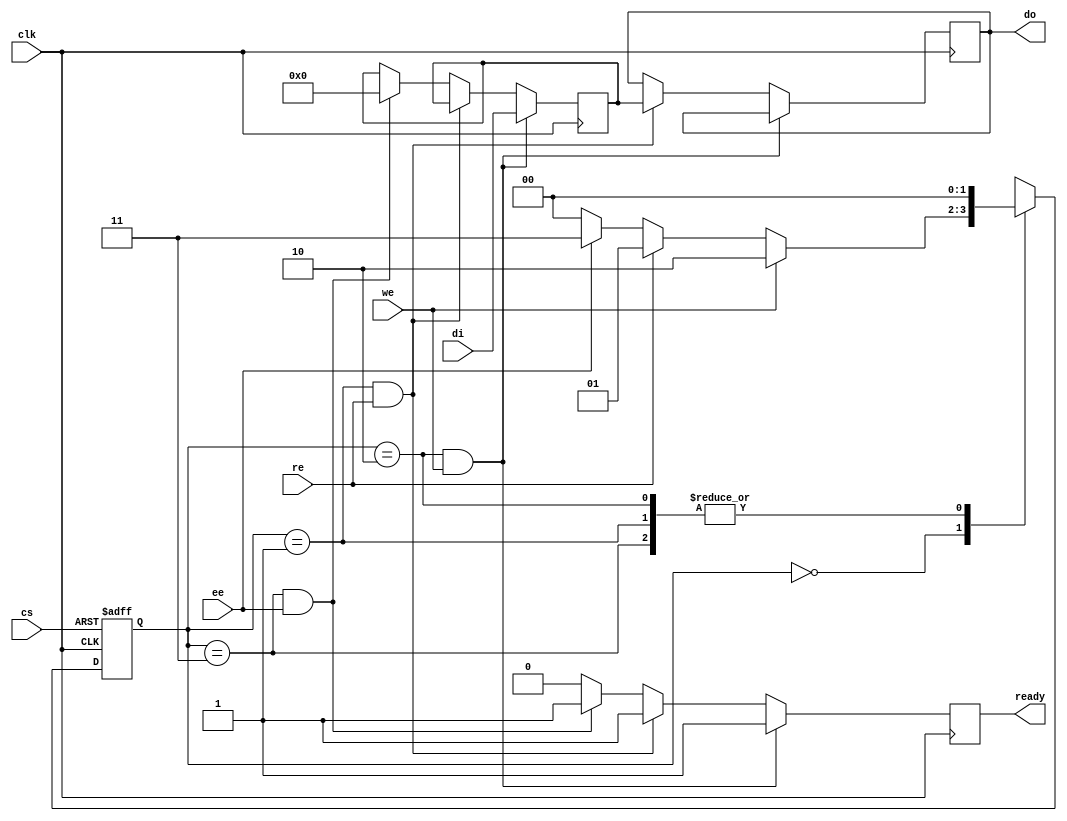
module PCM_IO_Block (
    input wire clk,          // Clock signal
    input wire cs,           // Chip Select
    input wire re,           // Read Enable
    input wire we,           // Write Enable
    input wire ee,           // Erase Enable
    input wire [7:0] di,     // Data Input
    output reg [7:0] do,     // Data Output
    output reg ready         // Ready signal
);

// Internal signals
reg [7:0] memory_cell;      // Simulated PCM memory cell
reg [1:0] state;            // State of the state machine
reg [1:0] next_state;       // Next state of the state machine

// State definitions
localparam IDLE      = 2'b00;
localparam READ      = 2'b01;
localparam WRITE     = 2'b10;
localparam ERASE     = 2'b11;

// State machine to control operations
always @(posedge clk or negedge cs) begin
    if (!cs) begin
        state <= IDLE; // Reset state on chip select low
    end else begin
        state <= next_state; // Transition to next state
    end
end

// Next state logic
always @(*) begin
    case (state)
        IDLE: begin
            if (we) next_state = WRITE;
            else if (re) next_state = READ;
            else if (ee) next_state = ERASE;
            else next_state = IDLE;
        end
        WRITE: begin
            next_state = IDLE; // Go back to IDLE after write
        end
        READ: begin
            next_state = IDLE; // Go back to IDLE after read
        end
        ERASE: begin
            next_state = IDLE; // Go back to IDLE after erase
        end
        default: next_state = IDLE;
    endcase
end

// Output and memory operations
always @(posedge clk) begin
    if (state == WRITE && we) begin
        memory_cell <= di; // Write data to memory cell
        ready <= 1'b1;     // Indicate operation is complete
    end else if (state == READ && re) begin
        do <= memory_cell; // Read data from memory cell
        ready <= 1'b1;     // Indicate operation is complete
    end else if (state == ERASE && ee) begin
        memory_cell <= 8'b0; // Erase memory cell (reset to 0)
        ready <= 1'b1;       // Indicate operation is complete
    end else begin
        ready <= 1'b0;       // Not ready for new operation
    end
end

endmodule